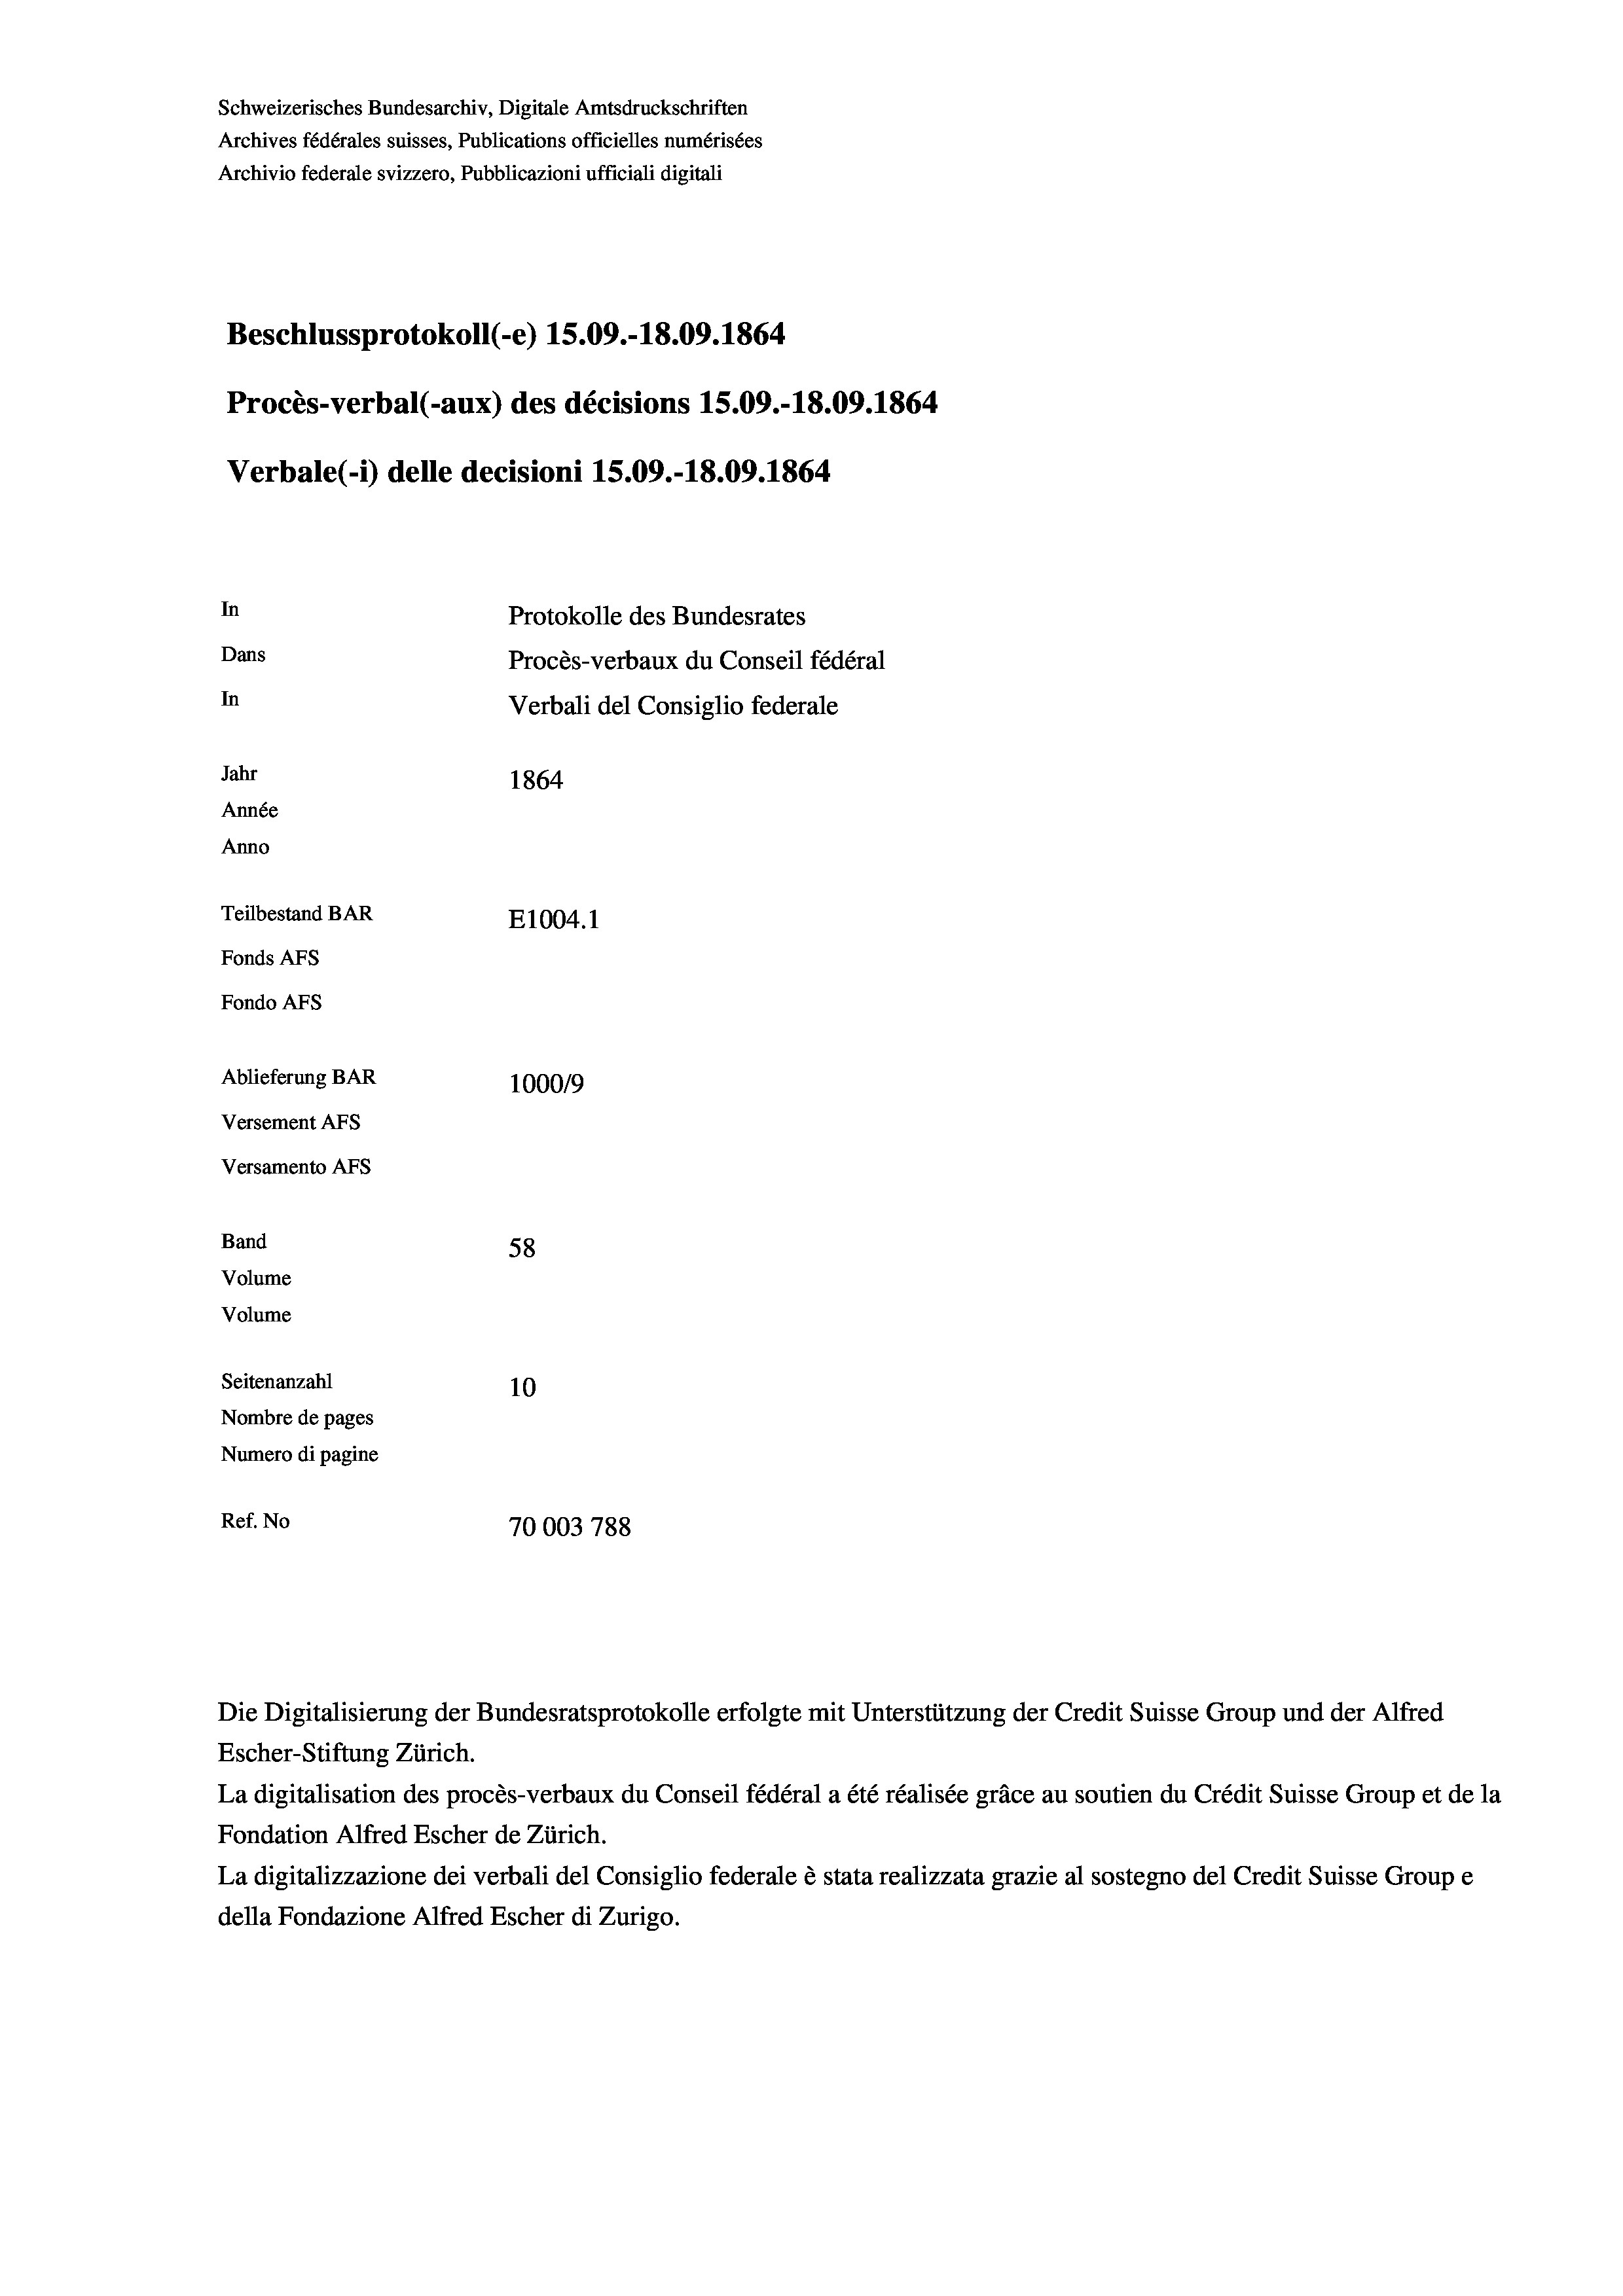
Beschlussprotokoll (-e) 15.09.-18.09. 1864
Procès-verbal (-aux) des décisions 15.09.-18.09. 1864
Verbale(-*) delle decisioni 15.09.-18.09. 1864
In
Protokolle des Bundesrates
Dans
Procès-verbaux du Conseil fédéral
In
Verbali del Consiglio federale
Jahr
1864
Année
Anno
Teilbestand BAR
E1004.1
Fonds AFs
Fondo AFS
Ablieferung BAR
1000/9
Versement AFs
Versamento AFs

Band
Volume
Volume
Seitenanzahl

Schweizerisches Bundesarchiv, Digitale Amtsdruckschriften
Archives fédérales suisses, Publications officielles numérisées
Archivio federale svizzero, Pubblicazioni ufficiali digitali

58
10
Nombre de pages
Numero di pagine
Ref. No
70003 788

Die Digitalisierung der Bundesratsprotokolle erfolgte mit Unterstützung der Credit Suisse Group und der Alfred
Escher-Stiftung Zürich.
La digitalisation des procès-verbaux du Conseil fédéral a été réalisée gräce au soutien du Crédit Suisse Group et de la
Fondation Alfred Escher de Zürich.
La digitalizzazione dei verbali del Consiglio federale è stata realizzata grazie al sostegno del Credit Suisse Groupe
della Fondazione Alfred Escher di Zurigo.